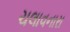
ચલાવનારા